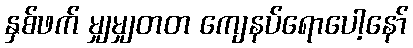
နှစ်ဖက် မျှမျှတတ ကျေနပ်ရောပေါ့နော်